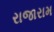
રાજારામ